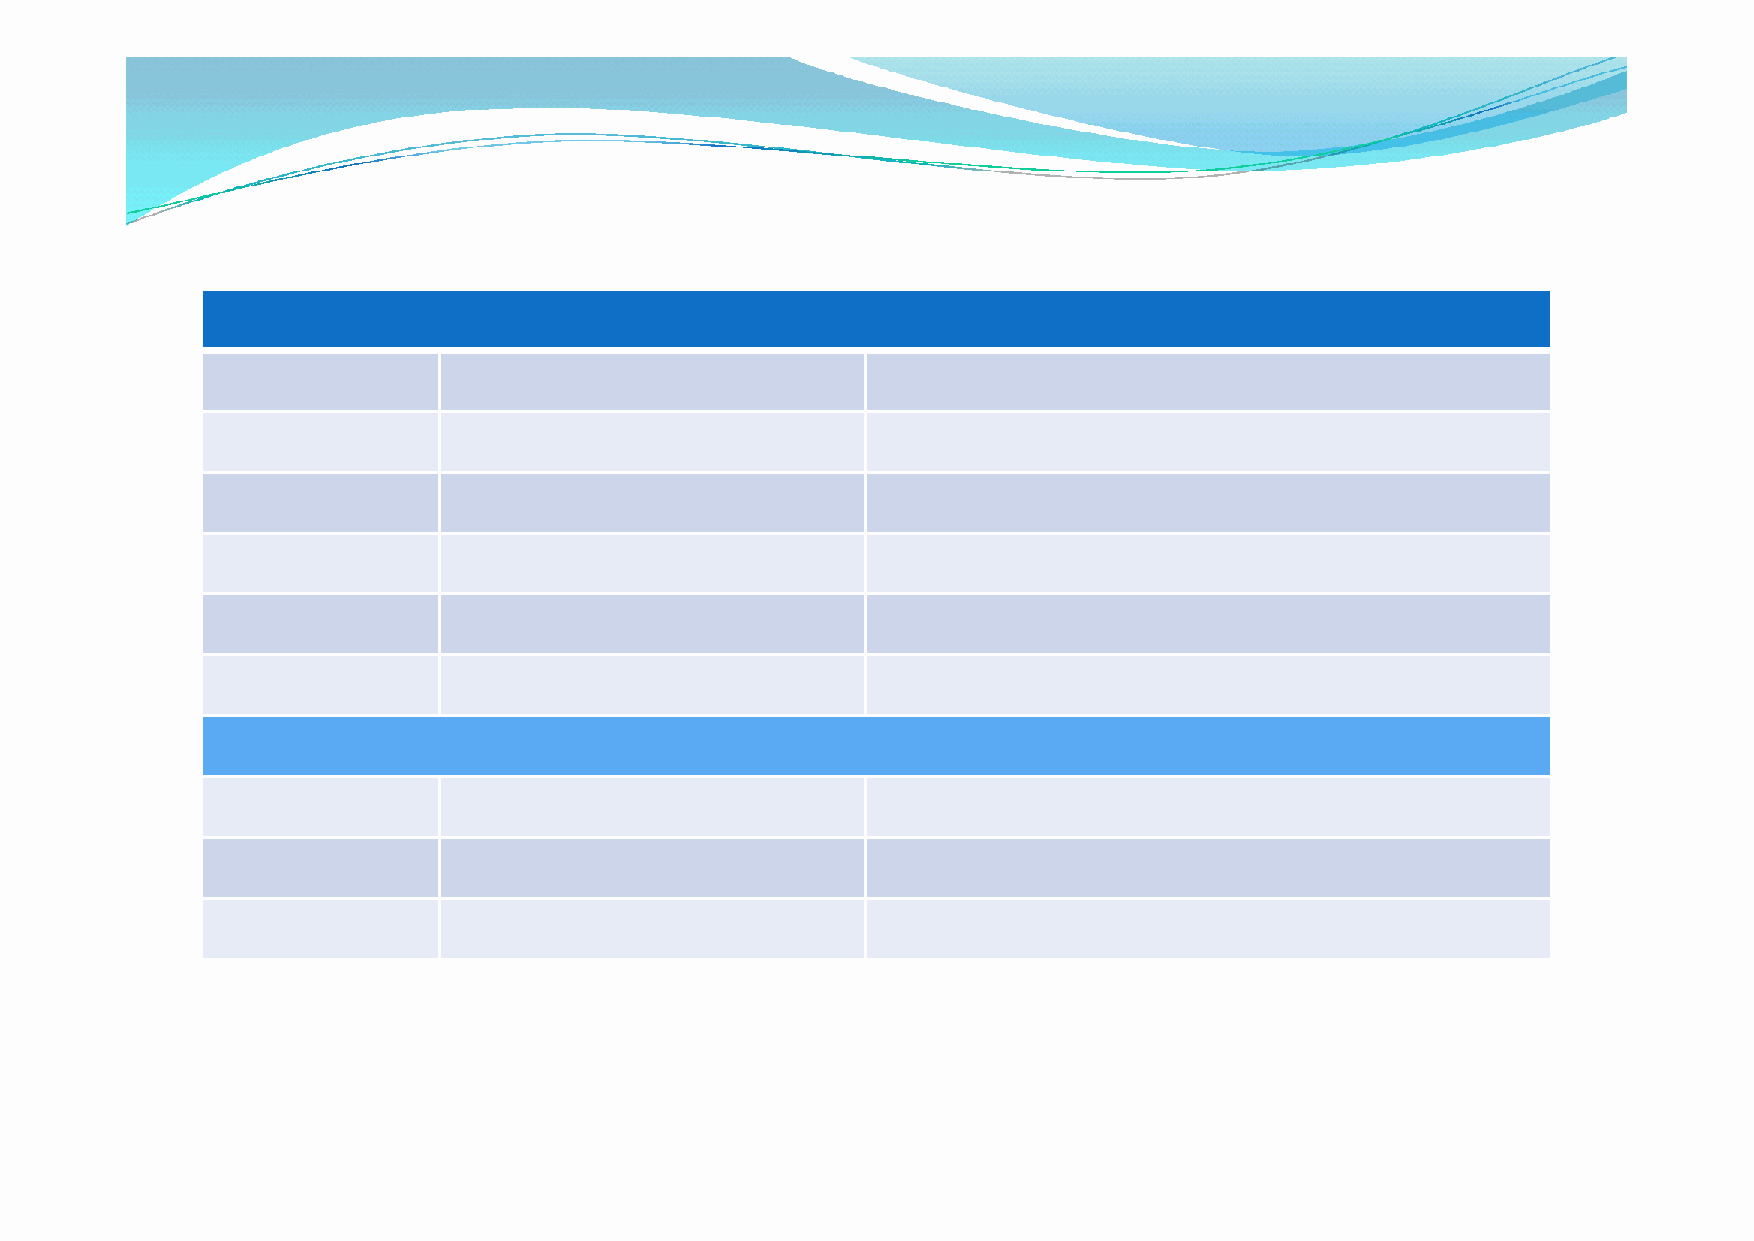
実行委員会メンバー
 実行委員
 実行委員長           大室新吉                        新宿区商店会連合会会長
 安井潤一郎                       新宿区商店会連合会副会長
 北田武夫                        ㈱エリックス代表取締役
 寺田康夫                        東京飲料合資会社代表取締役
 中中村村秀秀次次                    びびんん再再使使用用ネネッットトワワーークク代代表表幹幹事事
 事務局
 佐藤雅英                        新宿区商店会連合会事務局長
 丸木伸生                        東京包装容器リサイクル協同組合事務局長
 山本義美                        びん再使用ネットワーク事務局長